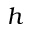
h